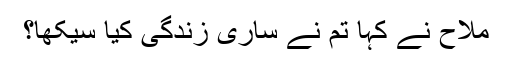
ملاح نے کہا تم نے ساری زندگی کیا سیکھا؟